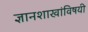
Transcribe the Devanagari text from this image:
ज्ञानशाखांविषयी